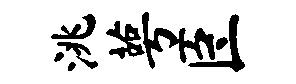
洮萼臣